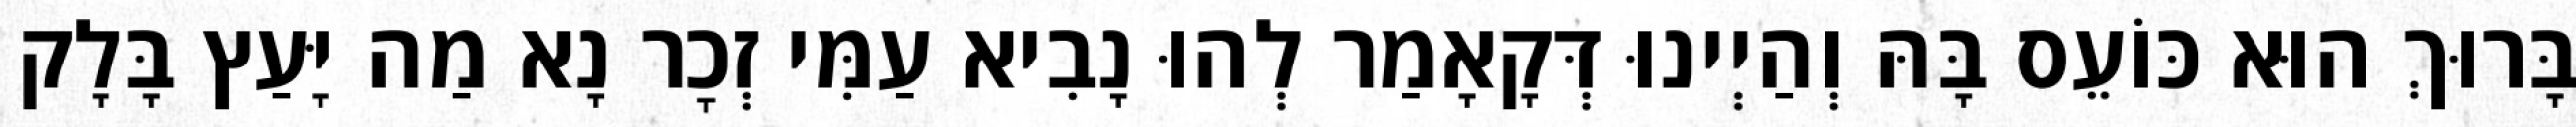
בָּרוּךְ הוּא כּוֹעֵס בָּהּ וְהַיְינוּ דְּקָאָמַר לְהוּ נָבִיא עַמִּי זְכׇר נָא מַה יָּעַץ בָּלָק